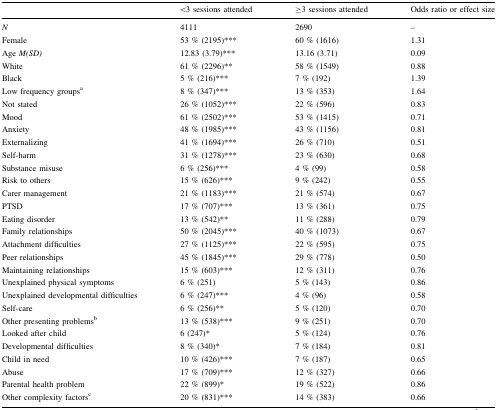
<table><thead><tr><td></td><td><b>&lt;3 sessions attended</b></td><td><b>≥3 sessions attended</b></td><td><b>Odds ratio or effect size</b></td></tr></thead><tbody><tr><td><i>N</i></td><td>4111</td><td>2690</td><td>–</td></tr><tr><td>Female</td><td>53 % (2195)***</td><td>60 % (1616)</td><td>1.31</td></tr><tr><td>Age <i>M(SD)</i></td><td>12.83 (3.79)***</td><td>13.16 (3.71)</td><td>0.09</td></tr><tr><td>White</td><td>61 % (2296)**</td><td>58 % (1549)</td><td>0.88</td></tr><tr><td>Black</td><td>5 % (216)***</td><td>7 % (192)</td><td>1.39</td></tr><tr><td>Low frequency groups<sup>a</sup></td><td>8 % (347)***</td><td>13 % (353)</td><td>1.64</td></tr><tr><td>Not stated</td><td>26 % (1052)***</td><td>22 % (596)</td><td>0.83</td></tr><tr><td>Mood</td><td>61 % (2502)***</td><td>53 % (1415)</td><td>0.71</td></tr><tr><td>Anxiety</td><td>48 % (1985)***</td><td>43 % (1156)</td><td>0.81</td></tr><tr><td>Externalizing</td><td>41 % (1694)***</td><td>26 % (710)</td><td>0.51</td></tr><tr><td>Self-harm</td><td>31 % (1278)***</td><td>23 % (630)</td><td>0.68</td></tr><tr><td>Substance misuse</td><td>6 % (256)***</td><td>4 % (99)</td><td>0.58</td></tr><tr><td>Risk to others</td><td>15 % (626)***</td><td>9 % (242)</td><td>0.55</td></tr><tr><td>Carer management</td><td>21 % (1183)***</td><td>21 % (574)</td><td>0.67</td></tr><tr><td>PTSD</td><td>17 % (707)***</td><td>13 % (361)</td><td>0.75</td></tr><tr><td>Eating disorder</td><td>13 % (542)**</td><td>11 % (288)</td><td>0.79</td></tr><tr><td>Family relationships</td><td>50 % (2045)***</td><td>40 % (1073)</td><td>0.67</td></tr><tr><td>Attachment difficulties</td><td>27 % (1125)***</td><td>22 % (595)</td><td>0.75</td></tr><tr><td>Peer relationships</td><td>45 % (1845)***</td><td>29 % (778)</td><td>0.50</td></tr><tr><td>Maintaining relationships</td><td>15 % (603)***</td><td>12 % (311)</td><td>0.76</td></tr><tr><td>Unexplained physical symptoms</td><td>6 % (251)</td><td>5 % (143)</td><td>0.86</td></tr><tr><td>Unexplained developmental difficulties</td><td>6 % (247)***</td><td>4 % (96)</td><td>0.58</td></tr><tr><td>Self-care</td><td>6 % (256)**</td><td>5 % (120)</td><td>0.70</td></tr><tr><td>Other presenting problems<sup>b</sup></td><td>13 % (538)***</td><td>9 % (251)</td><td>0.70</td></tr><tr><td>Looked after child</td><td>6 (247)*</td><td>5 % (124)</td><td>0.76</td></tr><tr><td>Developmental difficulties</td><td>8 % (340)*</td><td>7 % (184)</td><td>0.81</td></tr><tr><td>Child in need</td><td>10 % (426)***</td><td>7 % (187)</td><td>0.65</td></tr><tr><td>Abuse</td><td>17 % (709)***</td><td>12 % (327)</td><td>0.66</td></tr><tr><td>Parental health problem</td><td>22 % (899)*</td><td>19 % (522)</td><td>0.86</td></tr><tr><td>Other complexity factors<sup>c</sup></td><td>20 % (831)***</td><td>14 % (383)</td><td>0.66</td></tr></tbody></table>